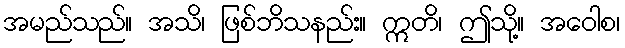
အမည်သည်။ အသိ၊ ဖြစ်ဘိသနည်း။ ဣတိ၊ ဤသို့။ အဝေါစ၊